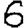
Digit: 6